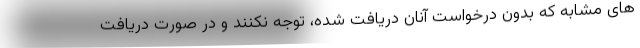
های مشابه که بدون درخواست آنان دریافت شده، توجه نکنند و در صورت دریافت